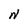
Character: N